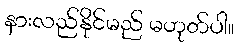
နားလည်နိုင်မည် မဟုတ်ပါ။